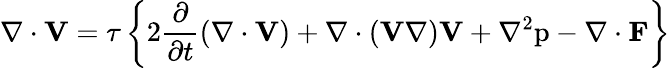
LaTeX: \mathit\nabla\cdot\mathbf V=\tau\left\{ 2\frac{\partial}{\partial t}(\nabla\cdot{\mathbf V})+\nabla\cdot({\mathbf V}\nabla){\mathbf V}+\nabla^{2}\mathrm{p-\nabla\cdot{\mathbf F}}\right\}